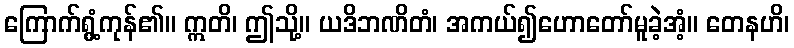
ကြောက်ရွံ့ကုန်၏။ ဣတိ၊ ဤသို့။ ယဒိဘဏိတံ၊ အကယ်၍ဟောတော်မူခဲ့အံ့။ တေနဟိ၊